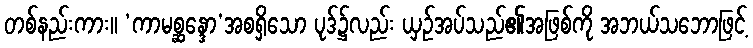
တစ်နည်းကား။ ‘ကာမစ္ဆန္ဒော’အစရှိသော ပုဒ်၌လည်း ယှဉ်အပ်သည်၏အဖြစ်ကို အဘယ်သဘောဖြင့်